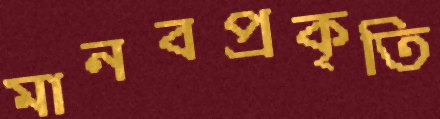
মানবপ্রকৃতি